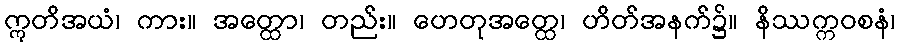
ဣတိအယံ၊ ကား။ အတ္ထော၊ တည်း။ ဟေတုအတ္ထေ၊ ဟိတ်အနက်၌။ နိဿက္ကဝစနံ၊